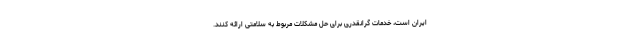
ایران است، خدمات گرانقدری برای حل مشکلات مربوط به سلامتی ارائه کنند.